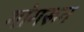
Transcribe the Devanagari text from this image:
गांगरून